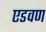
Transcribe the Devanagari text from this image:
एडवण